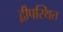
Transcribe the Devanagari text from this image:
द्वीपस्थित